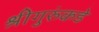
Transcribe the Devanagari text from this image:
श्रीगुरुंकडे